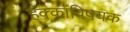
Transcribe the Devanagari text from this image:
हक्कांविषयक